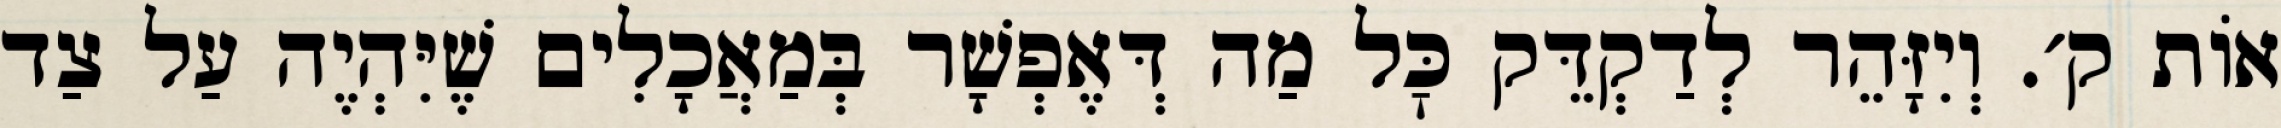
אוֹת ק׳. וְיִזָּהֵר לְדַקְדֵּק כׇּל מַה דְּאֶפְשָׁר בְּמַאֲכָלִים שֶׁיִּהְיֶה עַל צַד